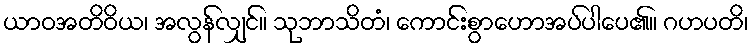
ယာဝအတိဝိယ၊ အလွန်လျှင်။ သုဘာသိတံ၊ ကောင်းစွာဟောအပ်ပါပေ၏။ ဂဟပတိ၊